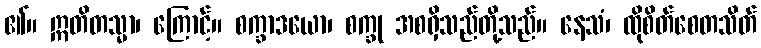
၏။ ဣတိတသ္မာ၊ ကြောင့်။ စက္ခာဒယော၊ စက္ခု အစရှိသည်တို့သည်။ နေသံ၊ ထိုစိတ်စေတသိတ်